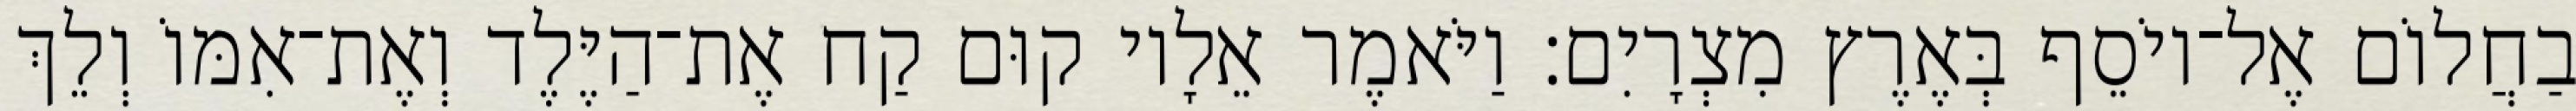
בַחֲלוֹם אֶל־יוֹסֵף בְּאֶרֶץ מִצְרָיִם׃ וַיֹּאמֶר אֵלָיו קוּם קַח אֶת־הַיֶּלֶד וְאֶת־אִמּוֹ וְלֵךְ